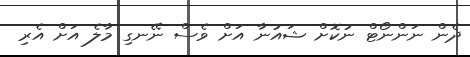
ދެން ނަންނޯޓް ނުކޮށް ޝައުނާ އަށް ވެސް ނޭނގި މާލެ އަށް އެރި